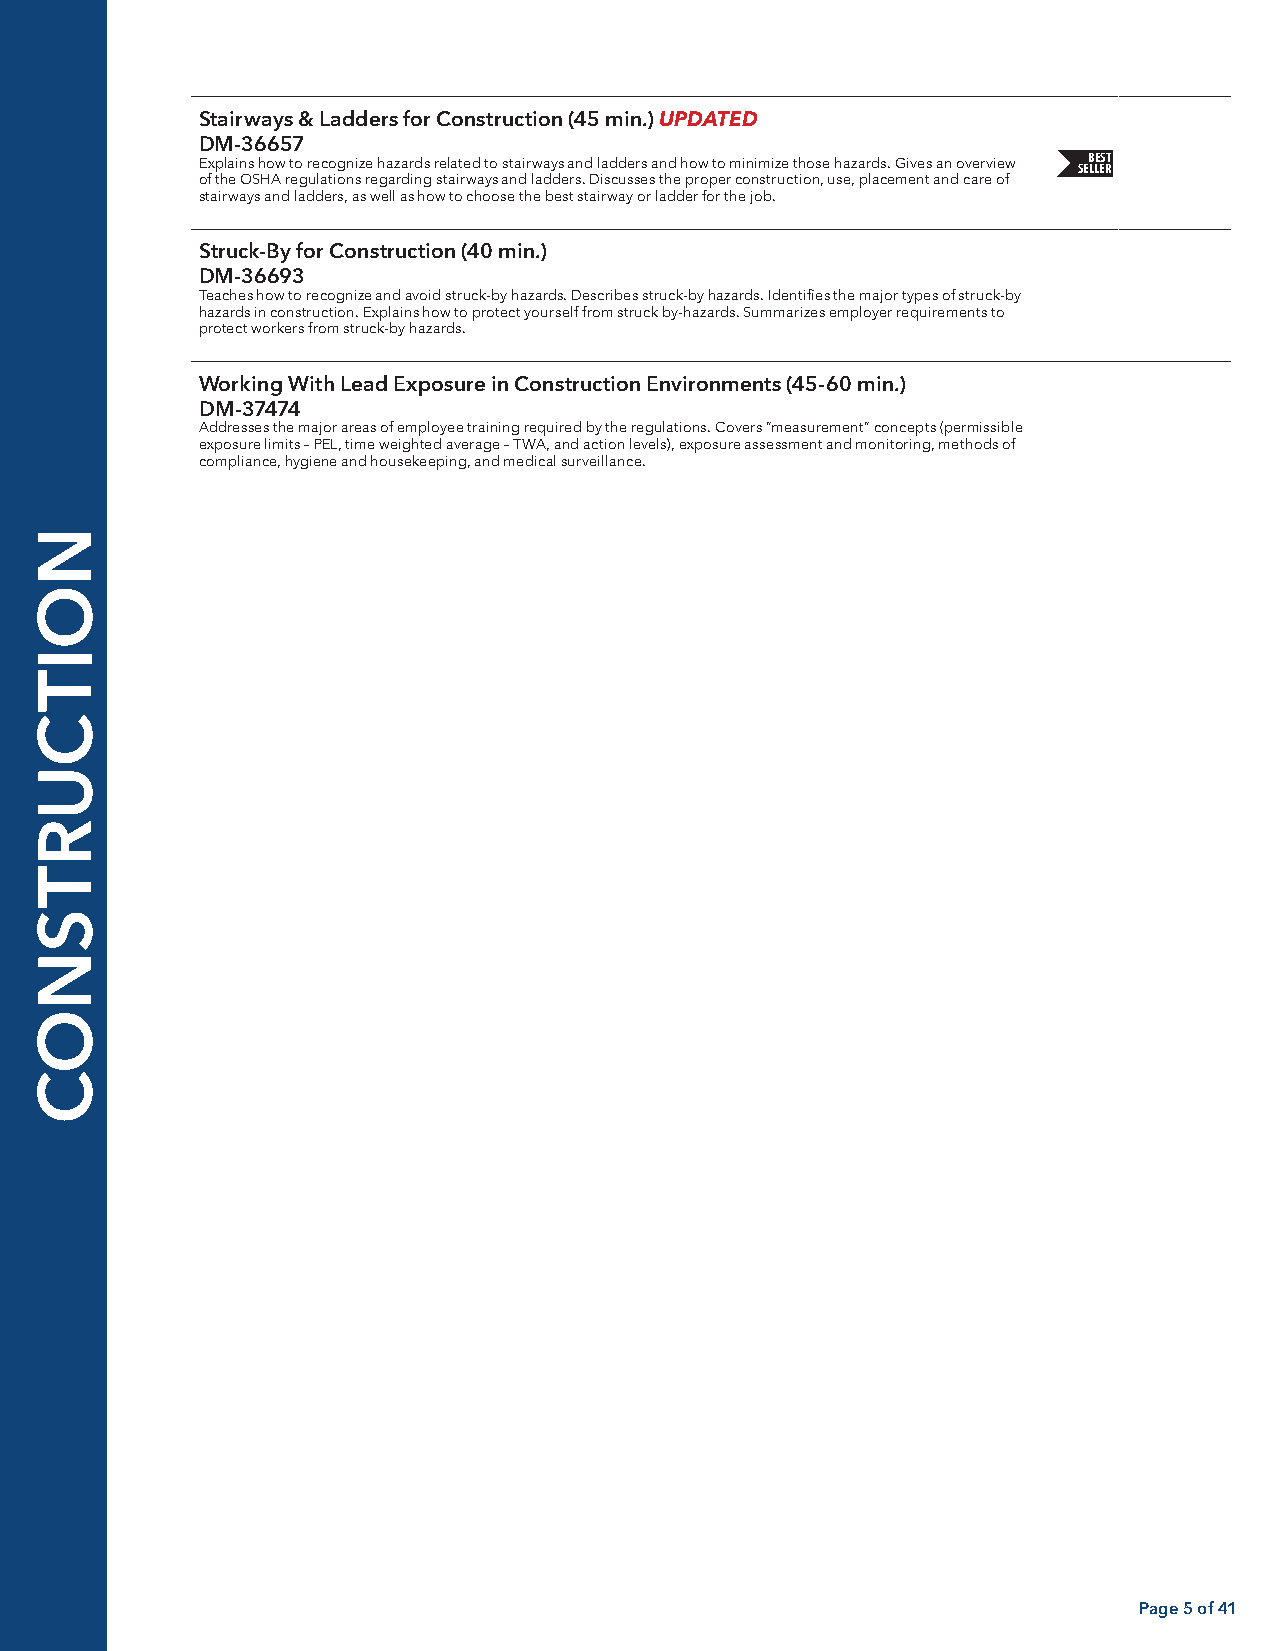
Stairways & Ladders for Construction (45 min.) UPDATED
 DM-36657
 BEST
 Explains how to recognize hazards related to stairways and ladders and how to minimize those hazards. Gives an overview SELLER
 of the OSHA regulations regarding stairways and ladders. Discusses the proper construction, use, placement and care of
 stairways and ladders, as well as how to choose the best stairway or ladder for the job.
 Struck-By for Construction (40 min.)
 DM-36693
 Teaches how to recognize and avoid struck-by hazards. Describes struck-by hazards. Identifies the major types of struck-by
 hazards in construction. Explains how to protect yourself from struck by-hazards. Summarizes employer requirements to
 protect workers from struck-by hazards.
 Working With Lead Exposure in Construction Environments (45-60 min.)
 DM-37474
 Addresses the major areas of employee training required by the regulations. Covers “measurement” concepts (permissible
 exposure limits – PEL, time weighted average – TWA, and action levels), exposure assessment and monitoring, methods of
 compliance, hygiene and housekeeping, and medical surveillance.
 Page 5 of 41
 NOITCURTSNOC